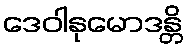
ဒေဝါနုမောဒန္တိ